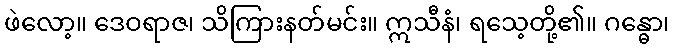
ဖဲလော့။ ဒေဝရာဇ၊ သိကြားနတ်မင်း။ ဣသီနံ၊ ရသေ့တို့၏။ ဂန္ဓော၊